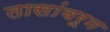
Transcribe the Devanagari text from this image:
तासांवरून